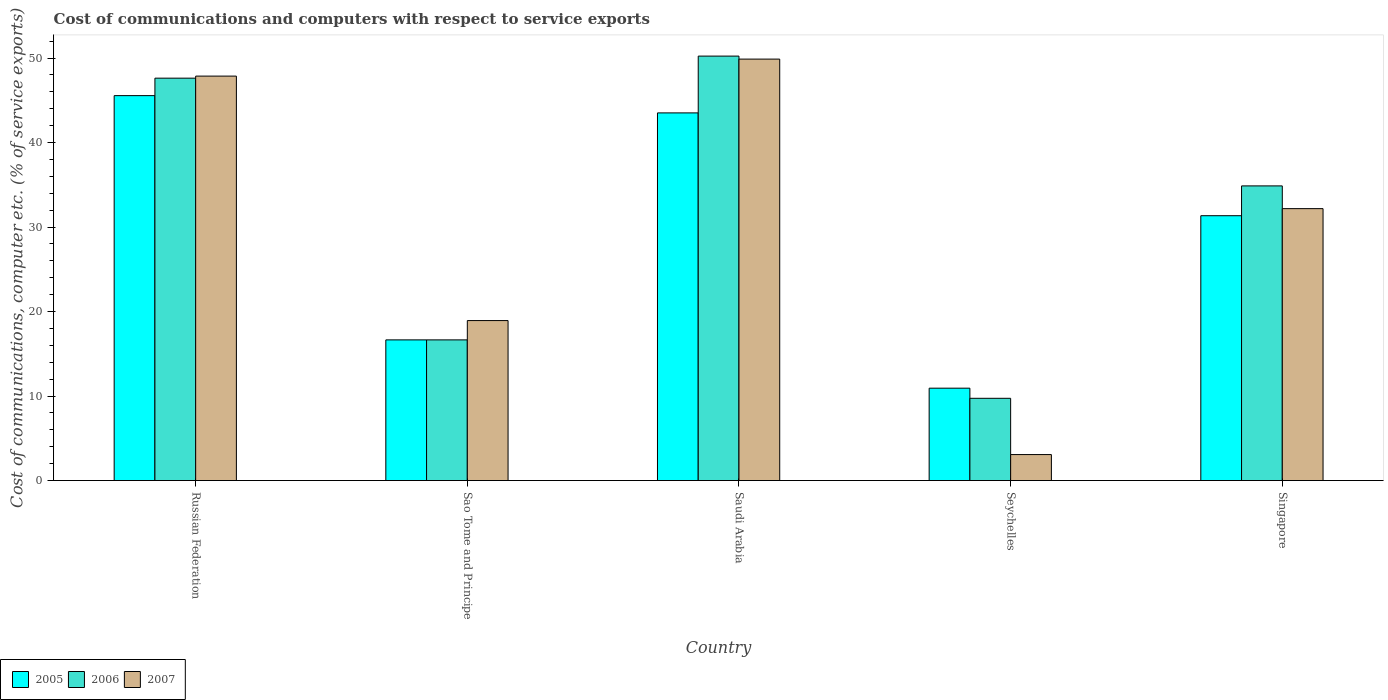
| Country | 2005 | 2006 | 2007 |
 | --- | --- | --- | --- |
 | Russian Federation | 45.5 | 47.6 | 47.9 |
 | Sao Tome and Principe | 16.6 | 16.6 | 18.9 |
 | Saudi Arabia | 43.5 | 50.2 | 49.9 |
 | Seychelles | 10.9 | 9.74 | 3.08 |
 | Singapore | 31.3 | 34.9 | 32.2 |